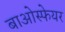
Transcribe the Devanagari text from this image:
बाओस्फेयर